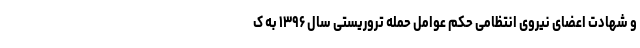
و شهادت اعضای نیروی انتظامی حکم عوامل حمله تروریستی سال ۱۳۹۶ به ک